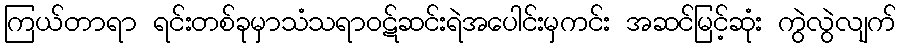
ကြယ်တာရာ ရင်းတစ်ခုမှာသံသရာဝဋ်ဆင်းရဲအပေါင်းမှကင်း အဆင်မြင့်ဆုံး ကွဲလွဲလျက်